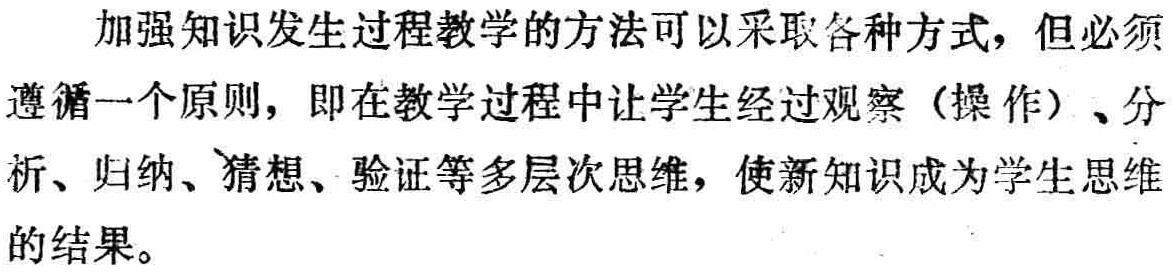
加强知识发生过程教学的方法可以采取各种方式，但必须
遵循一个原则，即在教学过程中让学生经过观察（操作）、分
析、归纳、猜想、验证等多层次思维，使新知识成为学生思维
的结果。